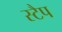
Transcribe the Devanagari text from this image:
स्टैप